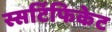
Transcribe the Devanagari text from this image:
स्सर्टिफिकेट